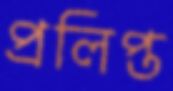
প্রলিপ্ত